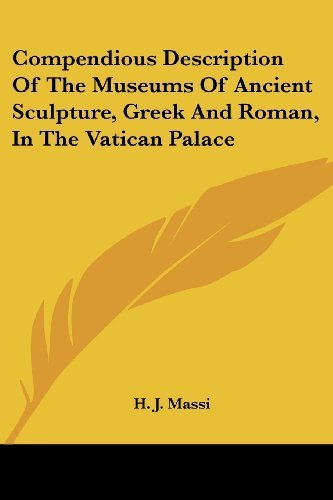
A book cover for Compendious Description Of The Museums Of Ancient Sculpture, Greek And Roman, In The Vatican Palace by Massi, H. J. (2007) Paperback; H. J. Massi; Travel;